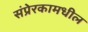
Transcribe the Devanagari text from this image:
संप्रेरकामधील